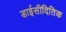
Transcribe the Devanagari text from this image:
डाईसीदितिक